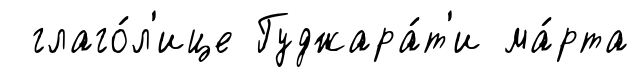
глаго́л'ице Гуджара́т'и ма́рта